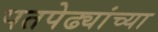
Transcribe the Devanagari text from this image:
पतपेढ्यांच्या